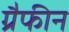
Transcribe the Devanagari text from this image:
ग्रैफीन